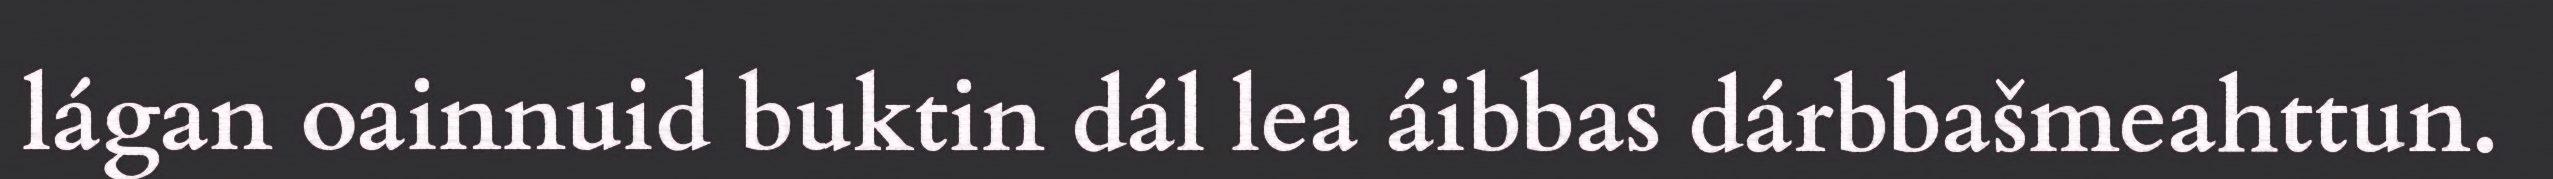
lágan oainnuid buktin dál lea áibbas dárbbašmeahttun.